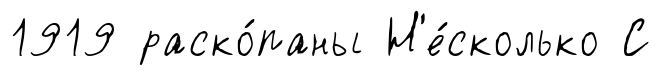
1919 раско́паны Н'е́сколько С